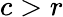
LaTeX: c>r